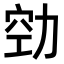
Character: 𭄲